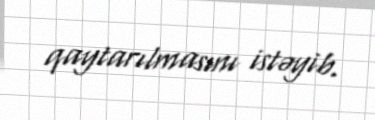
qaytarılmasını istəyib.